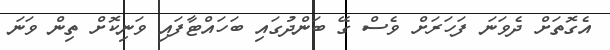
އެގޮތަށް ދެވަނަ ފަހަރަށް ވެސް ގޭ ބަންދުގައި ބަހައްޓާފައި ވަނިކޮށް ތިން ވަނަ